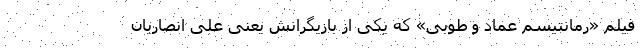
فیلم «رمانتیسم عماد و طوبی» که یکی از بازیگرانش یعنی علی انصاریان